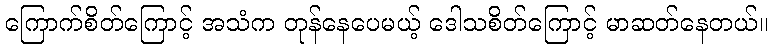
ကြောက်စိတ်ကြောင့် အသံက တုန်နေပေမယ့် ဒေါသစိတ်ကြောင့် မာဆတ်နေတယ်။